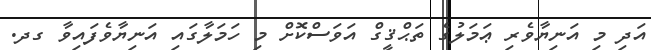
އަދި މި އަނިޔާވެރި ޢަމަލުގެ ތަޙްޤީގް އަވަސްކޮށް މި ހަމަލާގައި އަނިޔާވެފައިވާ ގދ.